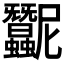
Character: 𧖛